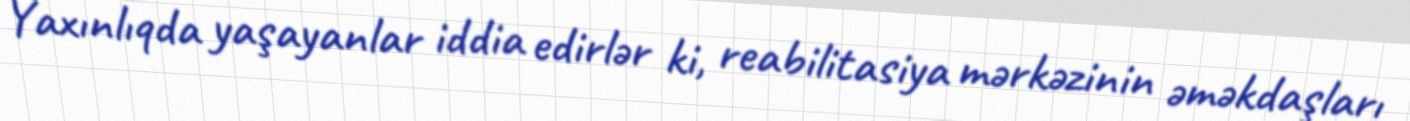
Yaxınlıqda yaşayanlar iddia edirlər ki, reabilitasiya mərkəzinin əməkdaşları